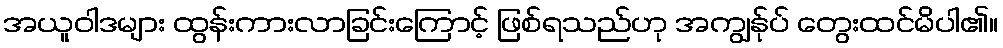
အယူဝါဒများ ထွန်းကားလာခြင်းကြောင့် ဖြစ်ရသည်ဟု အကျွန်ုပ် တွေးထင်မိပါ၏။